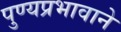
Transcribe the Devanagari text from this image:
पुण्यप्रभावाने